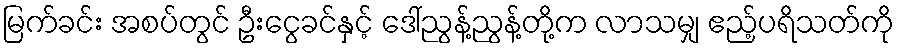
မြက်ခင်း အစပ်တွင် ဦးငွေခင်နှင့် ဒေါ်ညွန့်ညွန့်တို့က လာသမျှ ဧည့်ပရိသတ်ကို